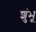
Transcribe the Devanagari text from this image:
शुंभू